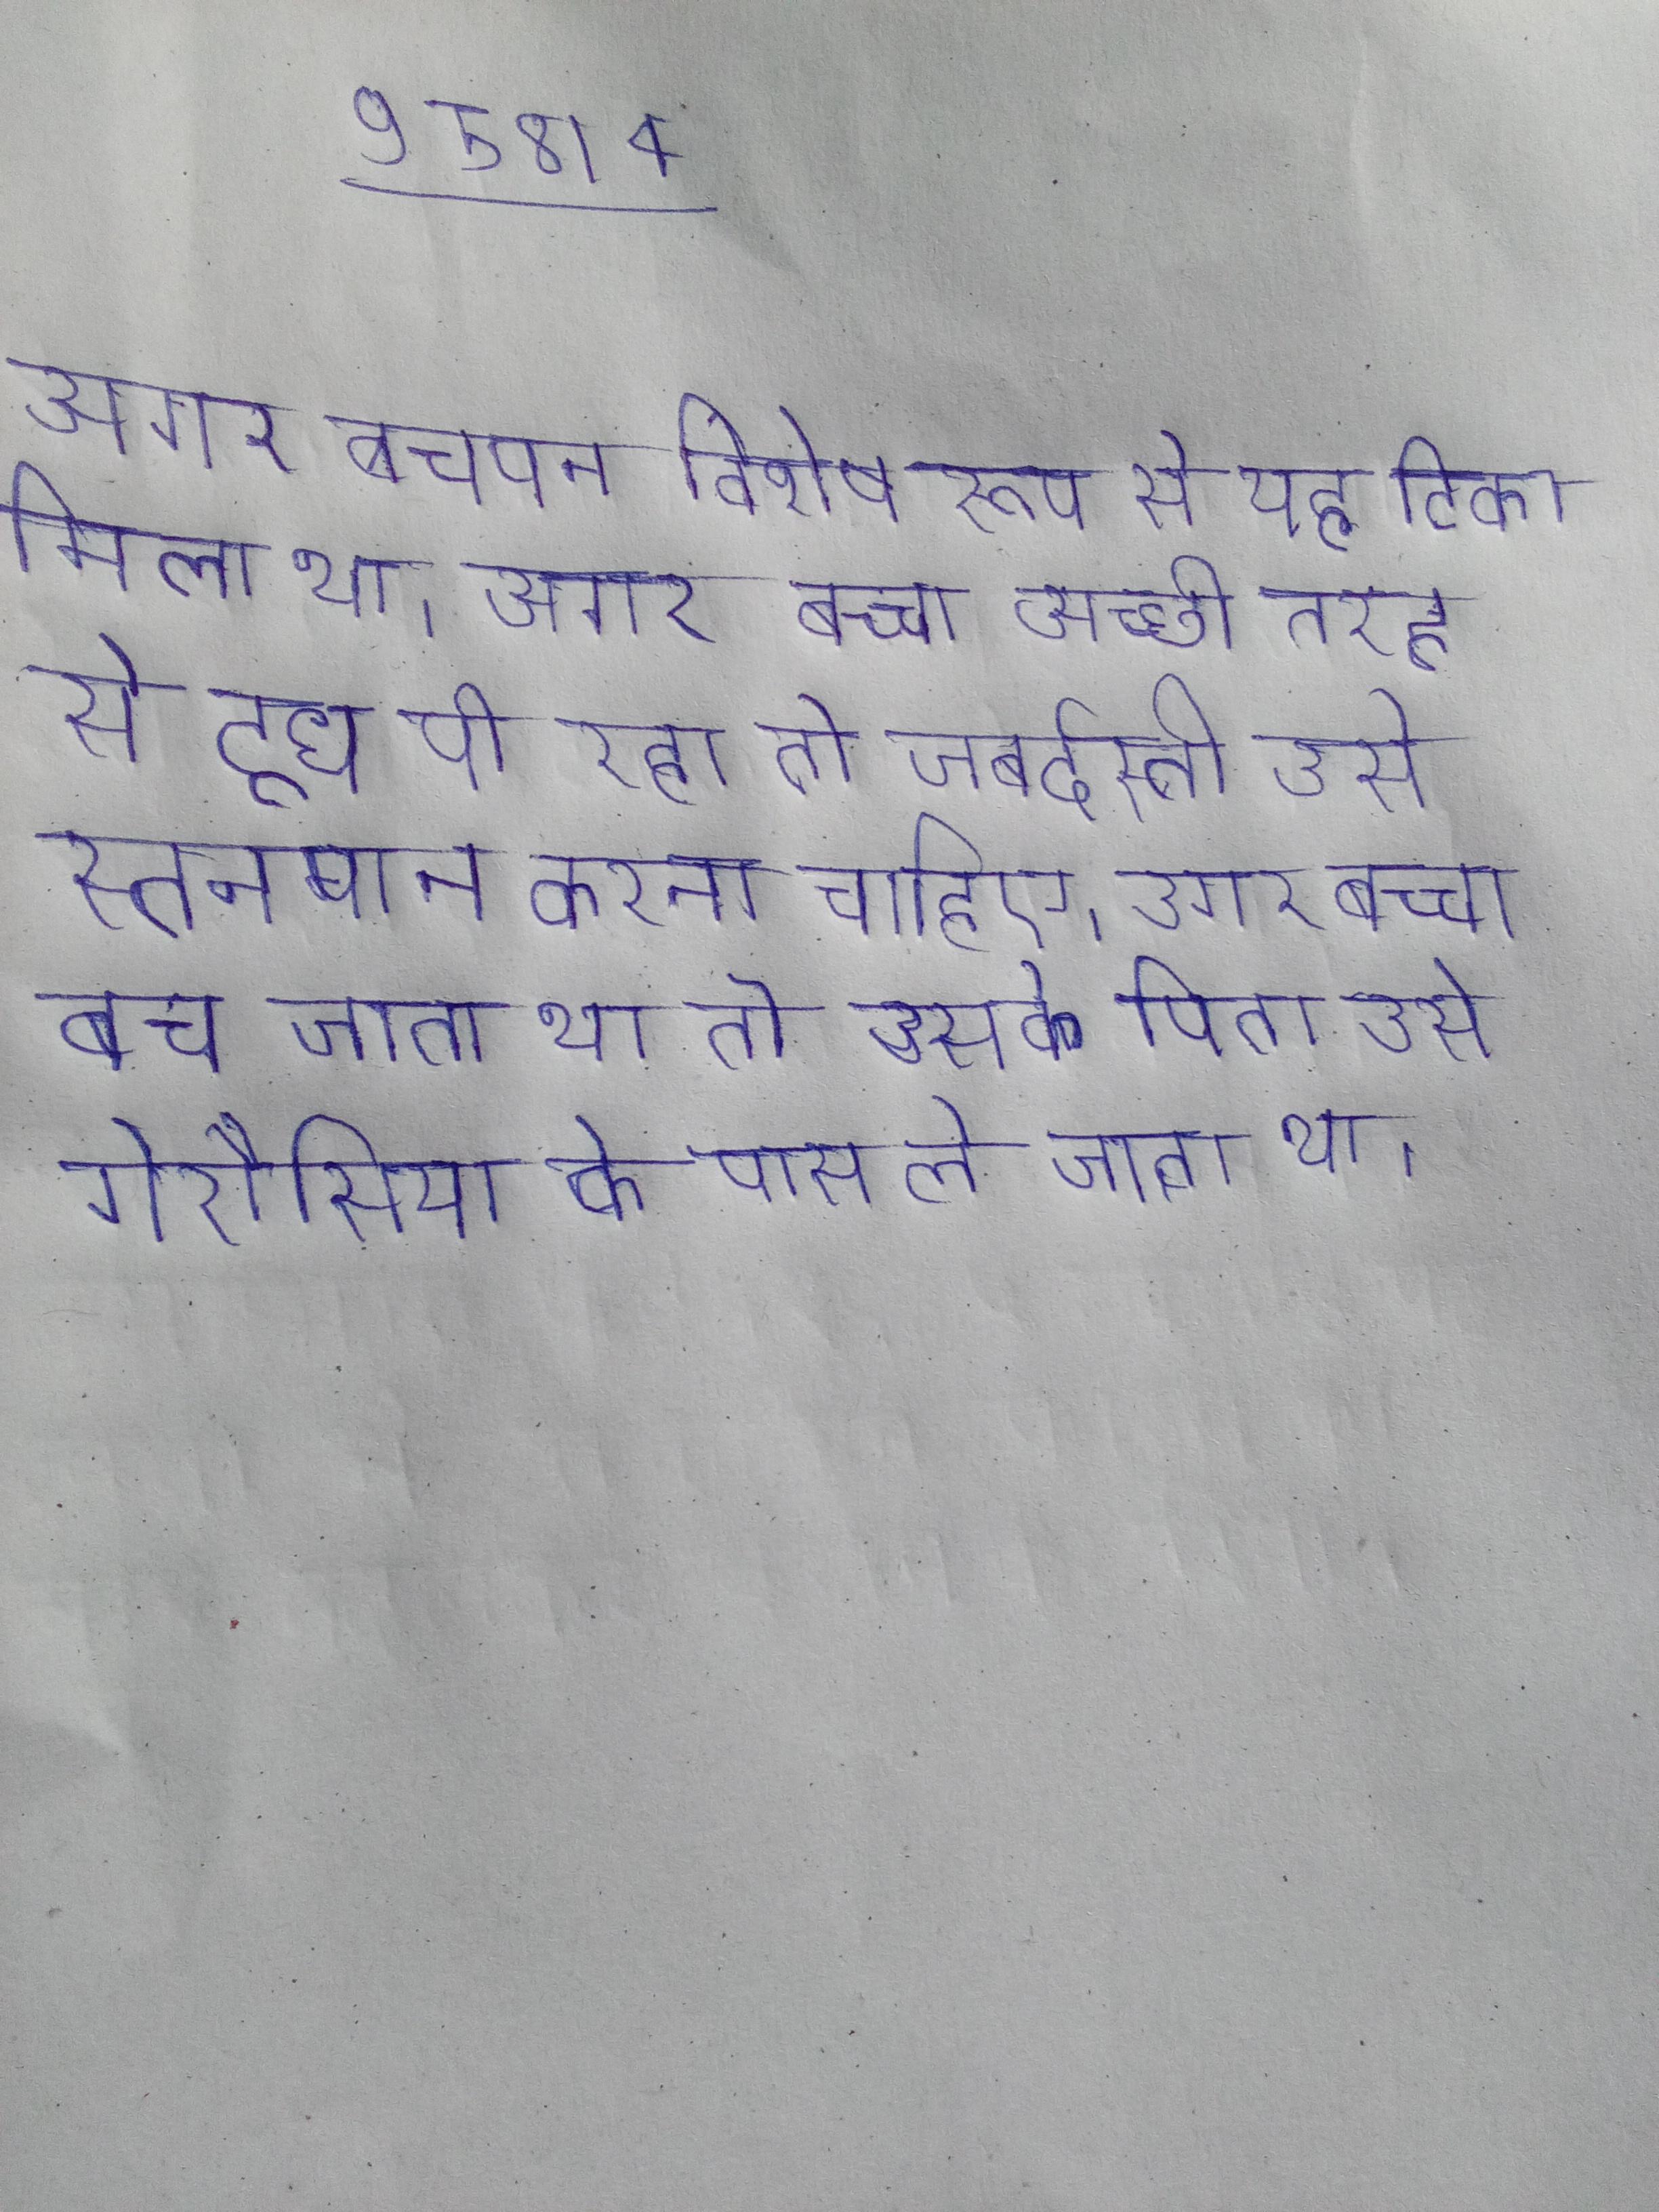
अगर बचपन विशेष रूप से यह टिका मिला था । अगर बच्चा अच्छी तरह से दूध पी रहा तो जबर्दस्ती उसे स्तनपान करना चाहिए । अगर बच्चा बच जाता था तो उसके पिता उसे गेरौसिया के पास ले जाता था ।